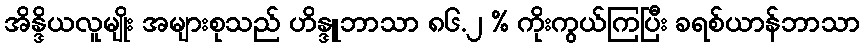
အိန္ဒိယလူမျိုး အများစုသည် ဟိန္ဒူဘာသာ ၈၆.၂ % ကိုးကွယ်ကြပြီး ခရစ်ယာန်ဘာသာ